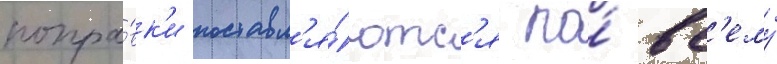
попра́вк'и поставл'я́ютс'я по́ вс'ему́